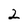
Character: 2